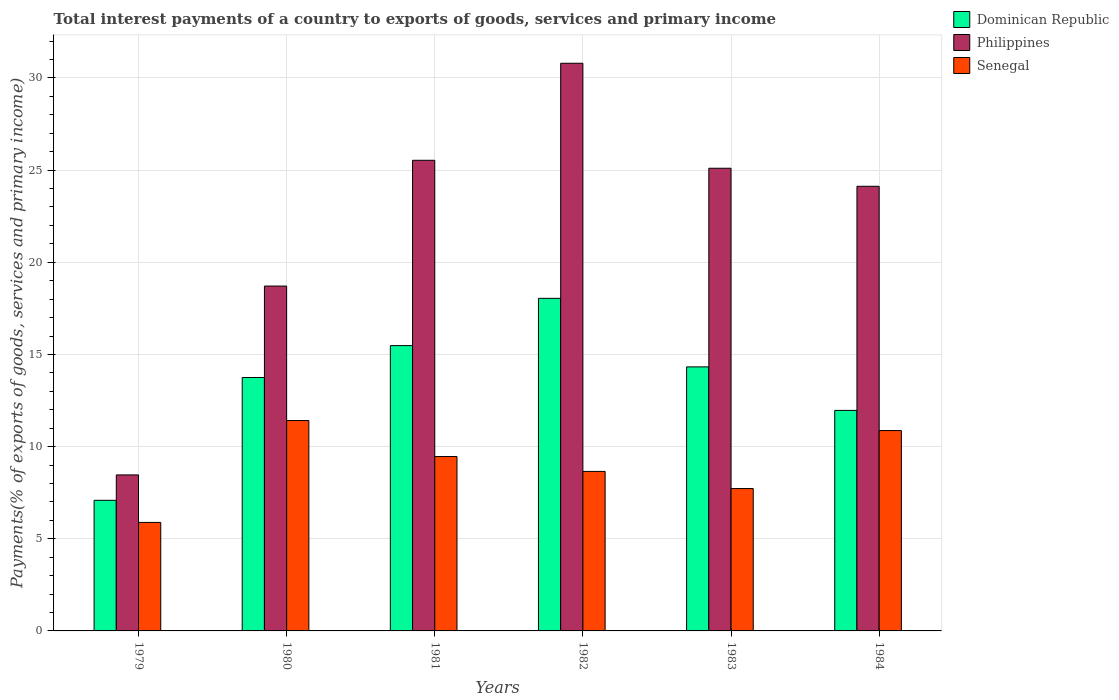
| Years | Dominican Republic | Philippines | Senegal |
 | --- | --- | --- | --- |
 | 1979 | 7.09 | 8.46 | 5.89 |
 | 1980 | 13.7 | 18.7 | 11.4 |
 | 1981 | 15.5 | 25.5 | 9.46 |
 | 1982 | 18 | 30.8 | 8.65 |
 | 1983 | 14.3 | 25.1 | 7.72 |
 | 1984 | 12 | 24.1 | 10.9 |